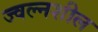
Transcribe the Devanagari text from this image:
ज्वल्नशील